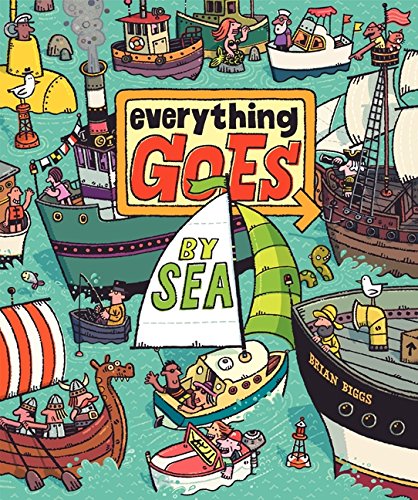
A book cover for Everything Goes: By Sea; Brian Biggs; Children's Books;